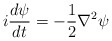
\begin{align*}i \frac{d\psi}{dt} = -\frac{1}{2} \nabla^2 \psi\end{align*}